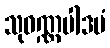
သုဝဏ္ဏပါဒပံ